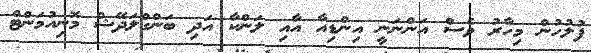
ފުލުހުން މިހާރު ވެސް އަންނަނީ އިންޑިއާ އާއި ލަންކާ އަދި ބަންގްލަދޭޝް މޮނިއުމަންޓް